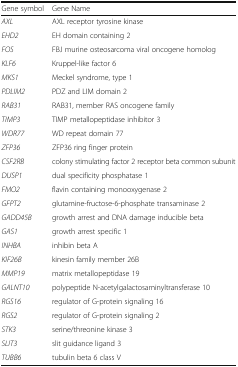
<table><thead><tr><td><b>Gene symbol</b></td><td><b>Gene Name</b></td></tr></thead><tbody><tr><td><i>AXL</i></td><td>AXL receptor tyrosine kinase</td></tr><tr><td><i>EHD2</i></td><td>EH domain containing 2</td></tr><tr><td><i>FOS</i></td><td>FBJ murine osteosarcoma viral oncogene homolog</td></tr><tr><td><i>KLF6</i></td><td>Kruppel-like factor 6</td></tr><tr><td><i>MKS1</i></td><td>Meckel syndrome, type 1</td></tr><tr><td><i>PDLIM2</i></td><td>PDZ and LIM domain 2</td></tr><tr><td><i>RAB31</i></td><td>RAB31, member RAS oncogene family</td></tr><tr><td><i>TIMP3</i></td><td>TIMP metallopeptidase inhibitor 3</td></tr><tr><td><i>WDR77</i></td><td>WD repeat domain 77</td></tr><tr><td><i>ZFP36</i></td><td>ZFP36 ring finger protein</td></tr><tr><td><i>CSF2RB</i></td><td>colony stimulating factor 2 receptor beta common subunit</td></tr><tr><td><i>DUSP1</i></td><td>dual specificity phosphatase 1</td></tr><tr><td><i>FMO2</i></td><td>flavin containing monooxygenase 2</td></tr><tr><td><i>GFPT2</i></td><td>glutamine-fructose-6-phosphate transaminase 2</td></tr><tr><td><i>GADD45B</i></td><td>growth arrest and DNA damage inducible beta</td></tr><tr><td><i>GAS1</i></td><td>growth arrest specific 1</td></tr><tr><td><i>INHBA</i></td><td>inhibin beta A</td></tr><tr><td><i>KIF26B</i></td><td>kinesin family member 26B</td></tr><tr><td><i>MMP19</i></td><td>matrix metallopeptidase 19</td></tr><tr><td><i>GALNT10</i></td><td>polypeptide N-acetylgalactosaminyltransferase 10</td></tr><tr><td><i>RGS16</i></td><td>regulator of G-protein signaling 16</td></tr><tr><td><i>RGS2</i></td><td>regulator of G-protein signaling 2</td></tr><tr><td><i>STK3</i></td><td>serine/threonine kinase 3</td></tr><tr><td><i>SLIT3</i></td><td>slit guidance ligand 3</td></tr><tr><td><i>TUBB6</i></td><td>tubulin beta 6 class V</td></tr></tbody></table>